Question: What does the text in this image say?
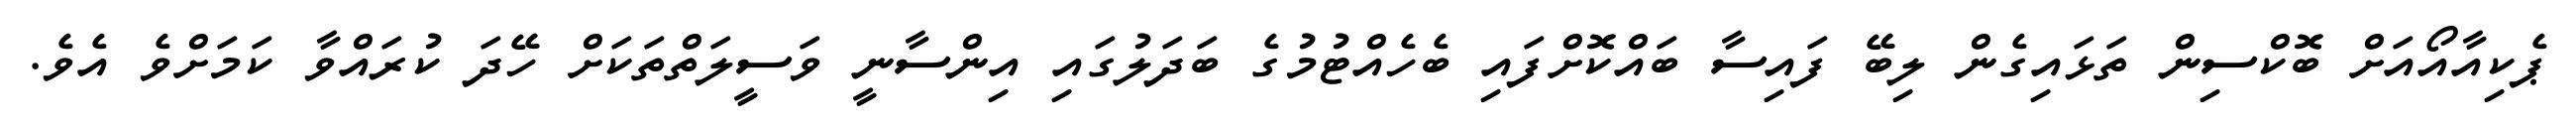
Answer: ޕެކިއާއޯއަށް ބޮކްސިން ތަޅައިގެން ލިބޭ ފައިސާ ބައްކޮށްފައި ބެހެއްޓުމުގެ ބަދަލުގައި އިންސާނީ ވަސީލަތްތަކަށް ހޭދަ ކުރައްވާ ކަމަށްވެ އެވެ.